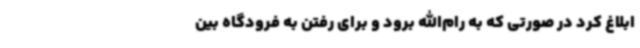
ابلاغ کرد در صورتی که به رام‌الله برود و برای رفتن به فرودگاه بین